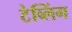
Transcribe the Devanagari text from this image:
टेब्लिंग